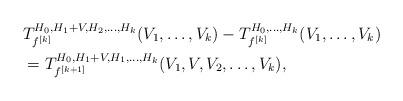
LaTeX: \begin{align*}&T^{H_0,H_1+V,H_2,\ldots,H_k}_{f^{[k]}}(V_1,\ldots,V_k)-T^{H_0,\ldots,H_k}_{f^{[k]}}(V_1,\ldots,V_k)\\ &=T^{H_0,H_1+V,H_1,\ldots,H_k}_{f^{[k+1]}}( V_1,V,V_2,\ldots,V_k),\end{align*}